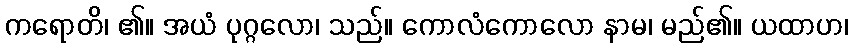
ကရောတိ၊ ၏။ အယံ ပုဂ္ဂလော၊ သည်။ ကောလံကောလော နာမ၊ မည်၏။ ယထာဟ၊